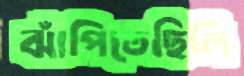
ঝাঁপিতেছিলি